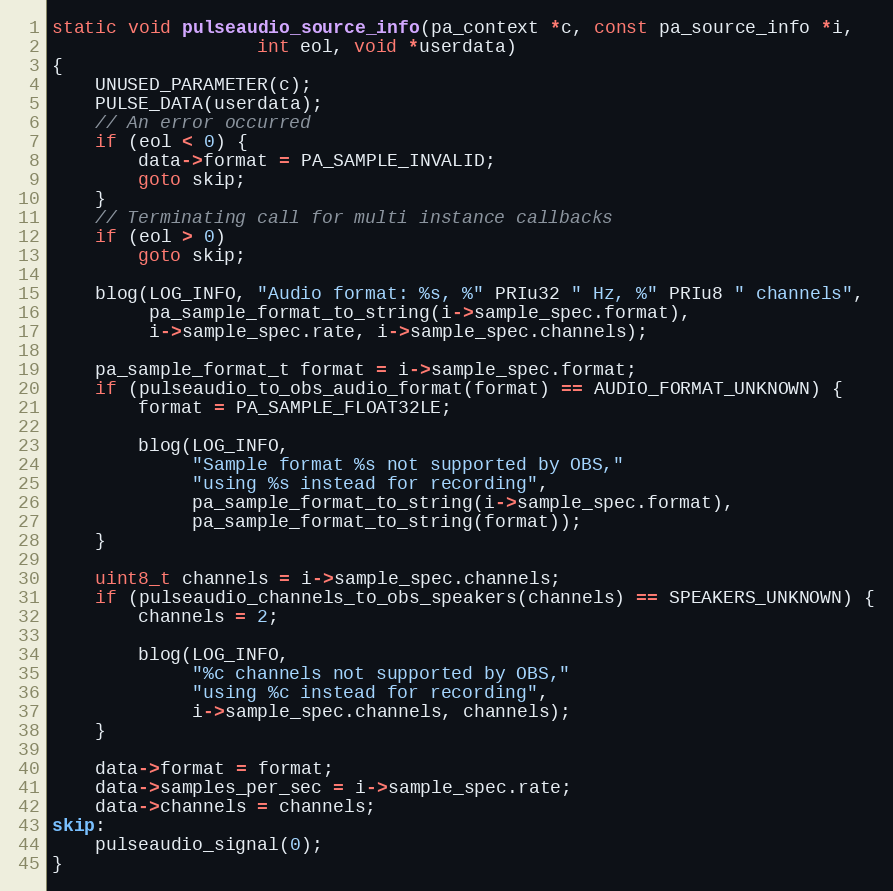
Language: C
static void pulseaudio_source_info(pa_context *c, const pa_source_info *i,
				   int eol, void *userdata)
{
	UNUSED_PARAMETER(c);
	PULSE_DATA(userdata);
	// An error occurred
	if (eol < 0) {
		data->format = PA_SAMPLE_INVALID;
		goto skip;
	}
	// Terminating call for multi instance callbacks
	if (eol > 0)
		goto skip;

	blog(LOG_INFO, "Audio format: %s, %" PRIu32 " Hz, %" PRIu8 " channels",
	     pa_sample_format_to_string(i->sample_spec.format),
	     i->sample_spec.rate, i->sample_spec.channels);

	pa_sample_format_t format = i->sample_spec.format;
	if (pulseaudio_to_obs_audio_format(format) == AUDIO_FORMAT_UNKNOWN) {
		format = PA_SAMPLE_FLOAT32LE;

		blog(LOG_INFO,
		     "Sample format %s not supported by OBS,"
		     "using %s instead for recording",
		     pa_sample_format_to_string(i->sample_spec.format),
		     pa_sample_format_to_string(format));
	}

	uint8_t channels = i->sample_spec.channels;
	if (pulseaudio_channels_to_obs_speakers(channels) == SPEAKERS_UNKNOWN) {
		channels = 2;

		blog(LOG_INFO,
		     "%c channels not supported by OBS,"
		     "using %c instead for recording",
		     i->sample_spec.channels, channels);
	}

	data->format = format;
	data->samples_per_sec = i->sample_spec.rate;
	data->channels = channels;
skip:
	pulseaudio_signal(0);
}